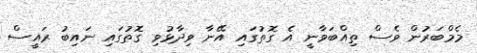
މެމްބަރުން ވެސް ތިއްބަވާނީ އެ ގޮތުގައި އޭނާ ވިދާޅުވި ގޮތުގައި ނައިބު ރައީސް